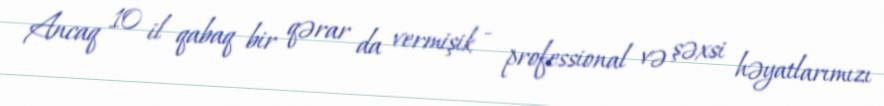
Ancaq 10 il qabaq bir qərar da vermişik - professional və şəxsi həyatlarımızı